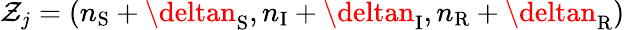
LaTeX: \mathcal{Z}_{j}=(n_{\mathrm{{S}}}+\deltan_{\mathrm{{S}}},n_{\mathrm{{I}}}+\deltan_{\mathrm{{I}}},n_{\mathrm{{R}}}+\deltan_{\mathrm{{R}}})